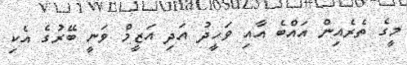
މީގެ ތެރެއިން އައްބެ އާއި ވަހީދު އަދި އަޒީމް ވަނީ ބޭރުގެ އެކި